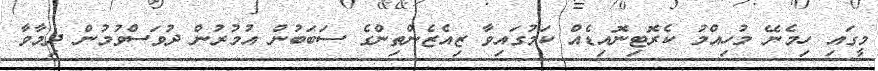
މީގައި ހިމެނޭ މުހިއްމު ކެރޮޓިނޮއިޑެއް ކަމުގައިވާ ޒިއެޒެންތިންގެ ސަބަބުން އުމުރުން ދުވަސްވުމުން ދިމާވާ